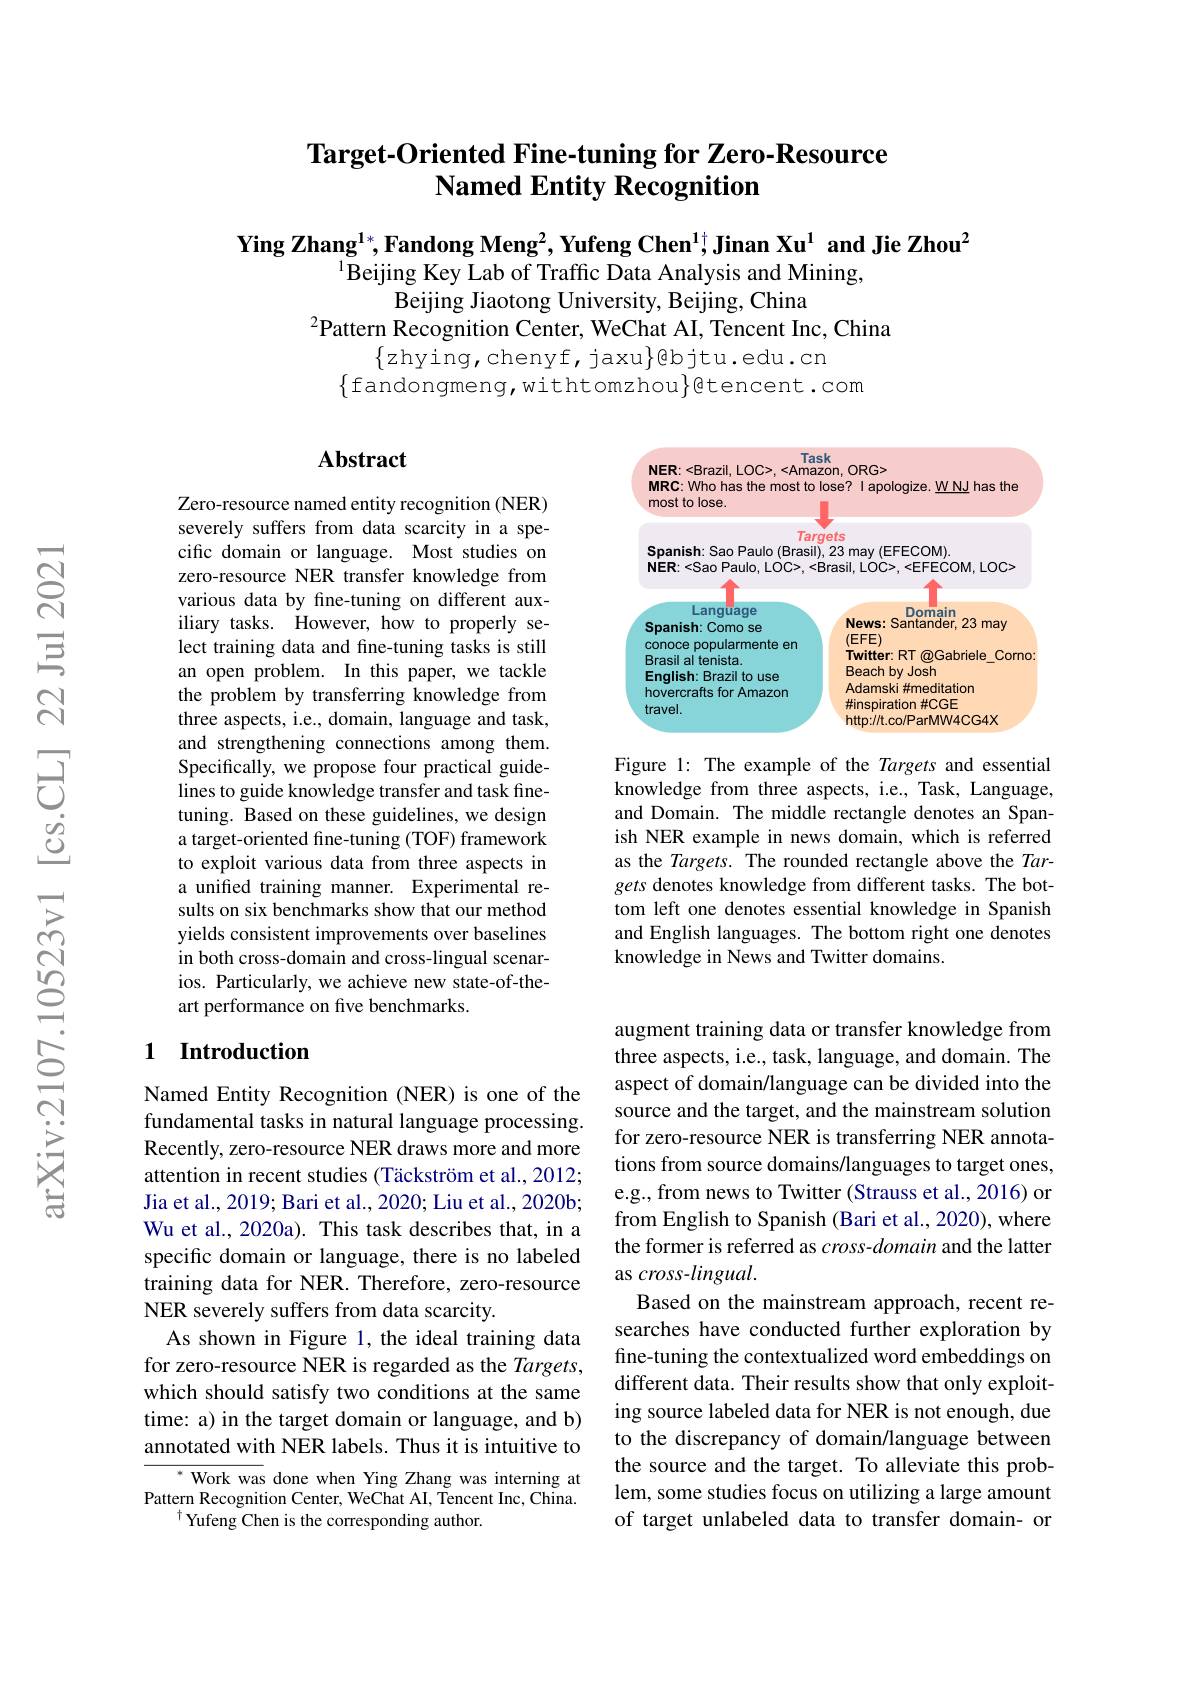
## Target-Oriented Fine-tuning for Zero-Resource Named Entity Recognition

Ying Zhang$^{1*}$,Fandong Meng$^2,\textbf{Yufeng Chen}^{1\dagger},\textbf{Jinan Xu}^{1}$ and Jie Zhou$^2$
$^{1}$Beijing Key Lab of Traffic Data Analysis and Mining,
Beijing Jiaotong University, Beijing, China
$^2$Pattern Recognition Center, WeChat AI, Tencent Inc, China
$\{$zhying,chenyf,jaxu$\}$@bjtu.edu.cn
$\{$fandongmeng,withtomzhou$\}$gtencent.com

## $\mathbf{Abstract}$

Zero-resource named entity recognition (NER) severely suffers from data scarcity in a specific domain or language. Most studies on zero-resource NER transfer knowledge from various data by fine-tuning on different auxiliary tasks. However, how to properly select training data and fine-tuning tasks is still an open problem. In this paper, we tackle the problem by transferring knowledge from three aspects, i.e., domain, language and task, and strengthening connections among them. Specifically, we propose four practical guidelines to guide knowledge transfer and task finetuning. Based on these guidelines, we design a target-oriented fine-tuning (TOF) framework to exploit various data from three aspects in a unified training manner. Experimental results on six benchmarks show that our method yields consistent improvements over baselines in both cross-domain and cross-lingual scenarios. Particularly, we achieve new state-of-theart performance on five benchmarks.

### 1 Introduction

Named Entity Recognition (NER) is one of the fundamental tasks in natural language processing. Recently, zero-resource NER draws more and more attention in recent studies (Täckström et al., 2012; Jia et al., 2019; Bari et al., 2020; Liu et al., 2020b; Wu et al., 2020a). This task describes that, in a specific domain or language, there is no labeled training data for NER. Therefore, zero-resource NER severely suffers from data scarcity.
As shown in Figure 1, the ideal training data for zero-resource NER is regarded as the Targets, which should satisfy two conditions at the same time: a) in the target domain or language, and b) annotated with NER labels. Thus it is intuitive to
${^*{\mathrm{~Work~was~}}}$done when Ying Zhang was interning at

Pattern Recognition Center, WeChat AI, Tencent Inc, China.
$^{\dagger}$Yufeng Chen is the corresponding author.

<FigureHere>

Figure 1: The example of the Targets and essential knowledge from three aspects, i.e., Task, Language, and Domain. The middle rectangle denotes an Spanish NER example in news domain, which is referred as the Targets. The rounded rectangle above the Targets denotes knowledge from different tasks. The bottom left one denotes essential knowledge in Spanish and English languages. The bottom right one denotes knowledge in News and Twitter domains.

augment training data or transfer knowledge from three aspects, i.e., task, language, and domain. The aspect of domain/language can be divided into the source and the target, and the mainstream solution for zero-resource NER is transferring NER annotations from source domains/languages to target ones, e.g., from news to Twitter (Strauss et al., 2016) or from English to Spanish (Bari et al., 2020), where the former is referred as $cross-domain$ and the latter as cross-lingual.
Based on the mainstream approach, recent researches have conducted further exploration by fine-tuning the contextualized word embeddings on different data. Their results show that only exploiting source labeled data for NER is not enough, due to the discrepancy of domain/language between the source and the target. To alleviate this problem, some studies focus on utilizing a large amount of target unlabeled data to transfer domain- or